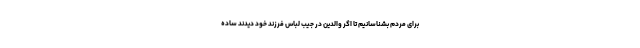
برای مردم بشناسانیم تا اگر والدین در جیب لباس فرزند خود دیدند ساده